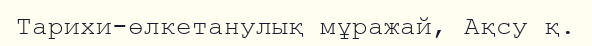
Тарихи-өлкетанулық мұражай, Ақсу қ.